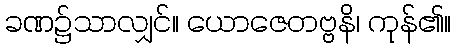
ခဏ၌သာလျှင်။ ယောဇေတဗ္ဗနိ၊ ကုန်၏။